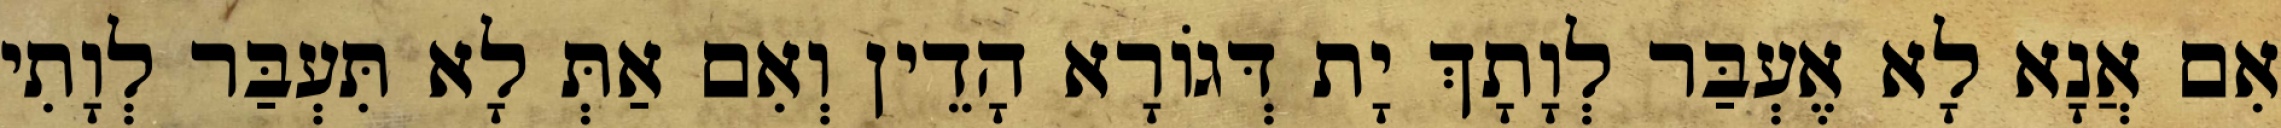
אִם אֲנָא לָא אֶעְבַּר לְוָתָךְ יָת דְּגוֹרָא הָדֵין וְאִם אַתְּ לָא תִּעְבַּר לְוָתִי